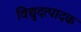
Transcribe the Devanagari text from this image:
विद्युदत्पादक